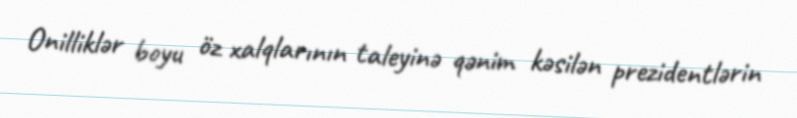
Onilliklər boyu öz xalqlarının taleyinə qənim kəsilən prezidentlərin